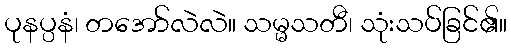
ပုနပ္ပနံ၊ တအော်လဲလဲ။ သမ္မသတီ၊ သုံးသပ်ခြင်၏။